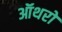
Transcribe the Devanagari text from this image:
ऑथरों